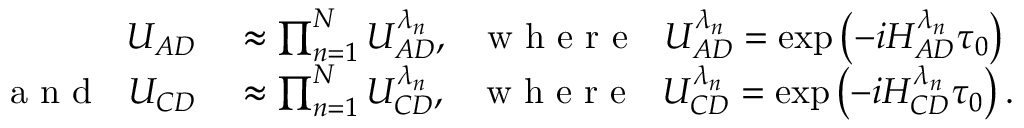
\begin{array} { r l } { U _ { A D } } & { { } \approx \prod _ { n = 1 } ^ { N } U _ { A D } ^ { \lambda _ { n } } , ~ ~ \mathrm { ~ w ~ h ~ e ~ r ~ e ~ } ~ ~ U _ { A D } ^ { \lambda _ { n } } = \exp \left( - i H _ { A D } ^ { \lambda _ { n } } \tau _ { 0 } \right) } \\ { \mathrm { ~ a ~ n ~ d ~ } ~ ~ U _ { C D } } & { { } \approx \prod _ { n = 1 } ^ { N } U _ { C D } ^ { \lambda _ { n } } , ~ ~ \mathrm { ~ w ~ h ~ e ~ r ~ e ~ } ~ ~ U _ { C D } ^ { \lambda _ { n } } = \exp \left( - i H _ { C D } ^ { \lambda _ { n } } \tau _ { 0 } \right) . } \end{array}